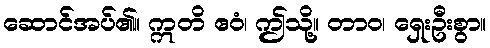
ဆောင်အပ်၏။ ဣတိ ဧဝံ၊ ဤသို့။ တာဝ၊ ရှေးဦးစွာ။